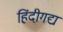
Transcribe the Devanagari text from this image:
हिंदीगद्य